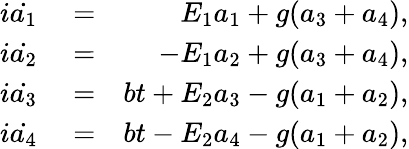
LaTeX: \begin{array}{rlr}{i\dot{a_{1}}}&{{}=}&{E_{1}a_{1}+g(a_{3}+a_{4}),}\\ {i\dot{a_{2}}}&{{}=}&{-E_{1}a_{2}+g(a_{3}+a_{4}),}\\ {i\dot{a_{3}}}&{{}=}&{bt+E_{2}a_{3}-g(a_{1}+a_{2}),}\\ {i\dot{a_{4}}}&{{}=}&{bt-E_{2}a_{4}-g(a_{1}+a_{2}),}\end{array}